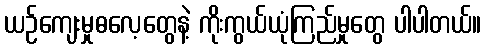
ယဉ်ကျေးမှုဓလေ့တွေနဲ့ ကိုးကွယ်ယုံကြည်မှုတွေ ပါပါတယ်။